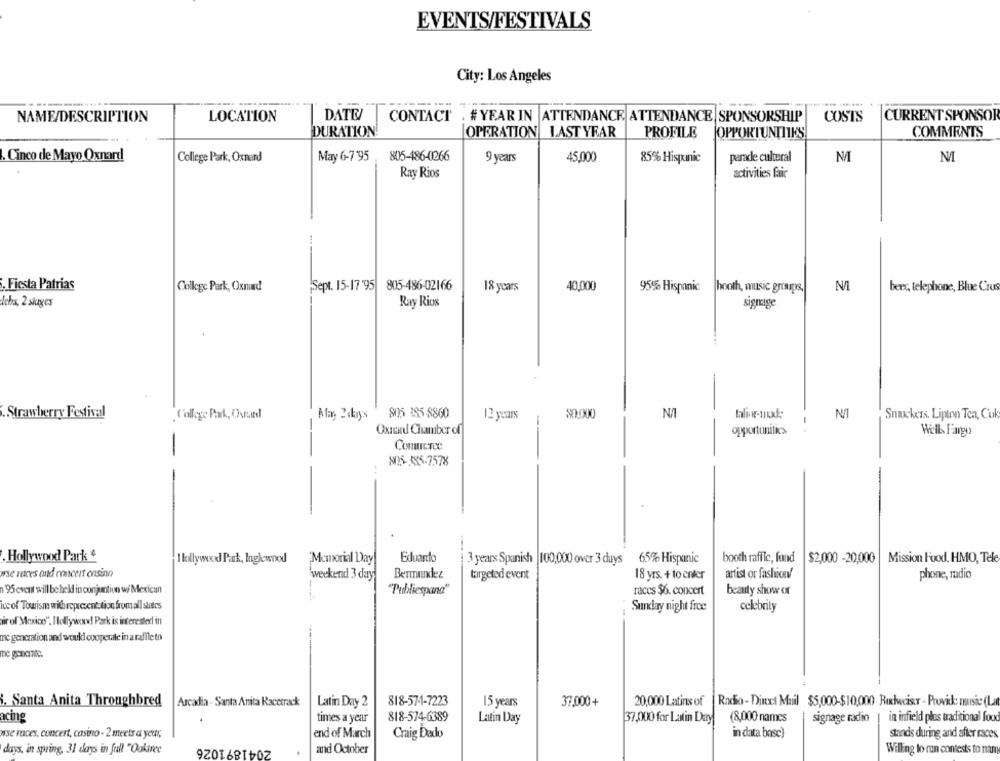
EVENTS/FESTIVALS
City: Los Angeles
NAME/DESCRIPTION
LOCATION
DATE
CONTACT
. # YEAR IN ATTENDANCE ATTENDANCE SPONSORSHIP
COSTS
CURRENT SPONSOR
DURATION
OPERATION LAST YEAR
PROFILE
JOPPORTUNITIES
COMMENTS
. Cinco de Mayo Oxnard
College Park, Oxnerd
May 6-7'95
805-486-0266
9 years
45.000
85% Hispanic
perade culteral
M
Ray Rios
activities fair
, Fiesta Patrias
College Park, Oxnard
Sept. 15-17 '95
805-486-02166
18 years
40.000
95% Hispanic
hooth, music groups.
beer, telephone, Blue Crus
Ichs, 2 sluges
Ray Rios
sigmage
.Strawberry Festival
College Park, Ovurd
Man, 2dany's
805 385-8860
12 years
80000
talior-next:
-
N/J
Smuckers. Lipton Tea, Cok
-
-
Oxnard Chamber of
opportunites
Well Fargo
-
Commerce
105-385-7578
.Hollywood Park
Hollywood Park, Inglewood
Memorial Day
Eduardo
3 years Spanish |100,000 over 3 duys
65% Hispanic
booth raffic, fond
$2,000 -20,000
Mission Food, HMO, Tele
se neces and concert ensino
weekend 3 day
Bermundez
targeted event
18 yrs. + to cnler
artist or fashion/
phone, radio
95 event will be held in conjuntiun w/ Mexican
"Publiespana"
races $6. concert
beauty show or
ive of Tourism with representation from all states
Sunday night froe
celebrity
irol Mexico", Hollywood Park is interested in
ne generation and would cooperate in a raffle to
De gorante.
Arcadia - Santa Anita Racetrack
818-574-7223
. Santa Anita Throughbred
Latin Day 2
15 years
37,000+
20,000 Latins of
Radio - Direct Mail $5,000-$10,000 Ruchucisr - Provide nursie (La
acing
times a year
818-574-6389
Latin Day
37,000 for Latin Day
(8,000 names
signage radio
in infield plus traditional food
wse muces, concert, casino - 2 meets a year;
end of March
Craig Dado
in data base)
stands during and after caces
2041891026
days, in spring, 31 days in full "Oaktree
and October
Willing to run contests to nan